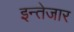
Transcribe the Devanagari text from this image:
इन्तेजार